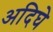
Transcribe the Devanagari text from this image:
अदिघे